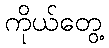
ကိုယ်တွေ့